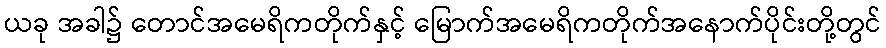
ယခု အခါ၌ တောင်အမေရိကတိုက်နှင့် မြောက်အမေရိကတိုက်အနောက်ပိုင်းတို့တွင်